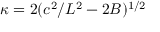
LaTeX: \kappa = 2 ( c ^ { 2 } / L ^ { 2 } - 2 B ) ^ { 1 / 2 }